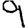
Digit: 9